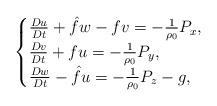
LaTeX: \begin{align*} \begin{cases} \frac{Du}{Dt}+\hat{f}w-fv=-\frac{1}{\rho_{0}}P_{x},\\ \frac{Dv}{Dt}+fu=-\frac{1}{\rho_{0}}P_{y},\\ \frac{Dw}{Dt}-\hat{f}u=-\frac{1}{\rho_{0}}P_{z}-g, \end{cases} \end{align*}